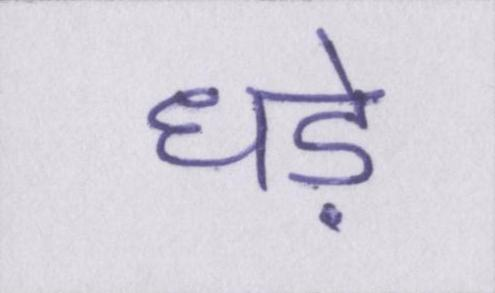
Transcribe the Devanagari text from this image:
धड़े